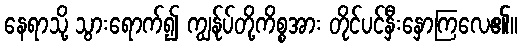
နေရာသို့ သွားရောက်၍ ကျွန်ုပ်တို့ကိစ္စအား တိုင်ပင်နှီးနှောကြလေ၏။